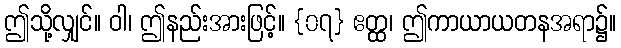
ဤသို့လျှင်။ ဝါ၊ ဤနည်းအားဖြင့်။ {၀၇} ဧတ္ထ၊ ဤကာယာယတနအရာ၌။